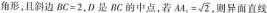
角形，且斜边$$B C = 2$$，D是BC的中点，若 $$A A _ { n } = \sqrt { 2 }$$ ，则异面直线